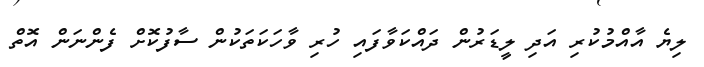
ލިޔެ އާއްމުކުރި އަދި ލީޑަރުން ދައްކަވާފައި ހުރި ވާހަކަތަކުން ސާފުކޮށް ފެންނަން އޮތް